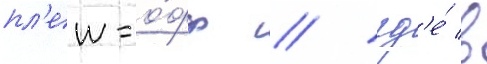
пл'еи-о́фф / гд'е́ в